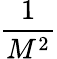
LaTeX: \frac{1}{M^{2}}